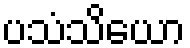
ပသံသိယော